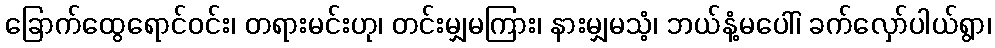
ခြောက်ထွေရောင်ဝင်း၊ တရားမင်းဟု၊ တင်းမျှမကြား၊ နားမျှမသံ့၊ ဘယ်နံ့မပေါ်၊ ခက်လှော်ပါယ်ရွာ၊